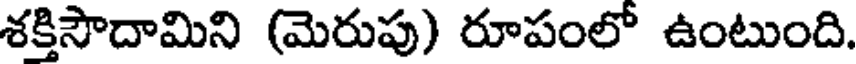
శక్తిసౌదామిని (మెరుపు) రూపంలో ఉంటుంది.